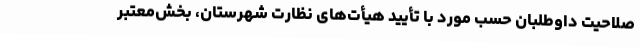
صلاحیت داوطلبان حسب مورد با تأیید هیأت‌های نظارت شهرستان، بخش‌معتبر